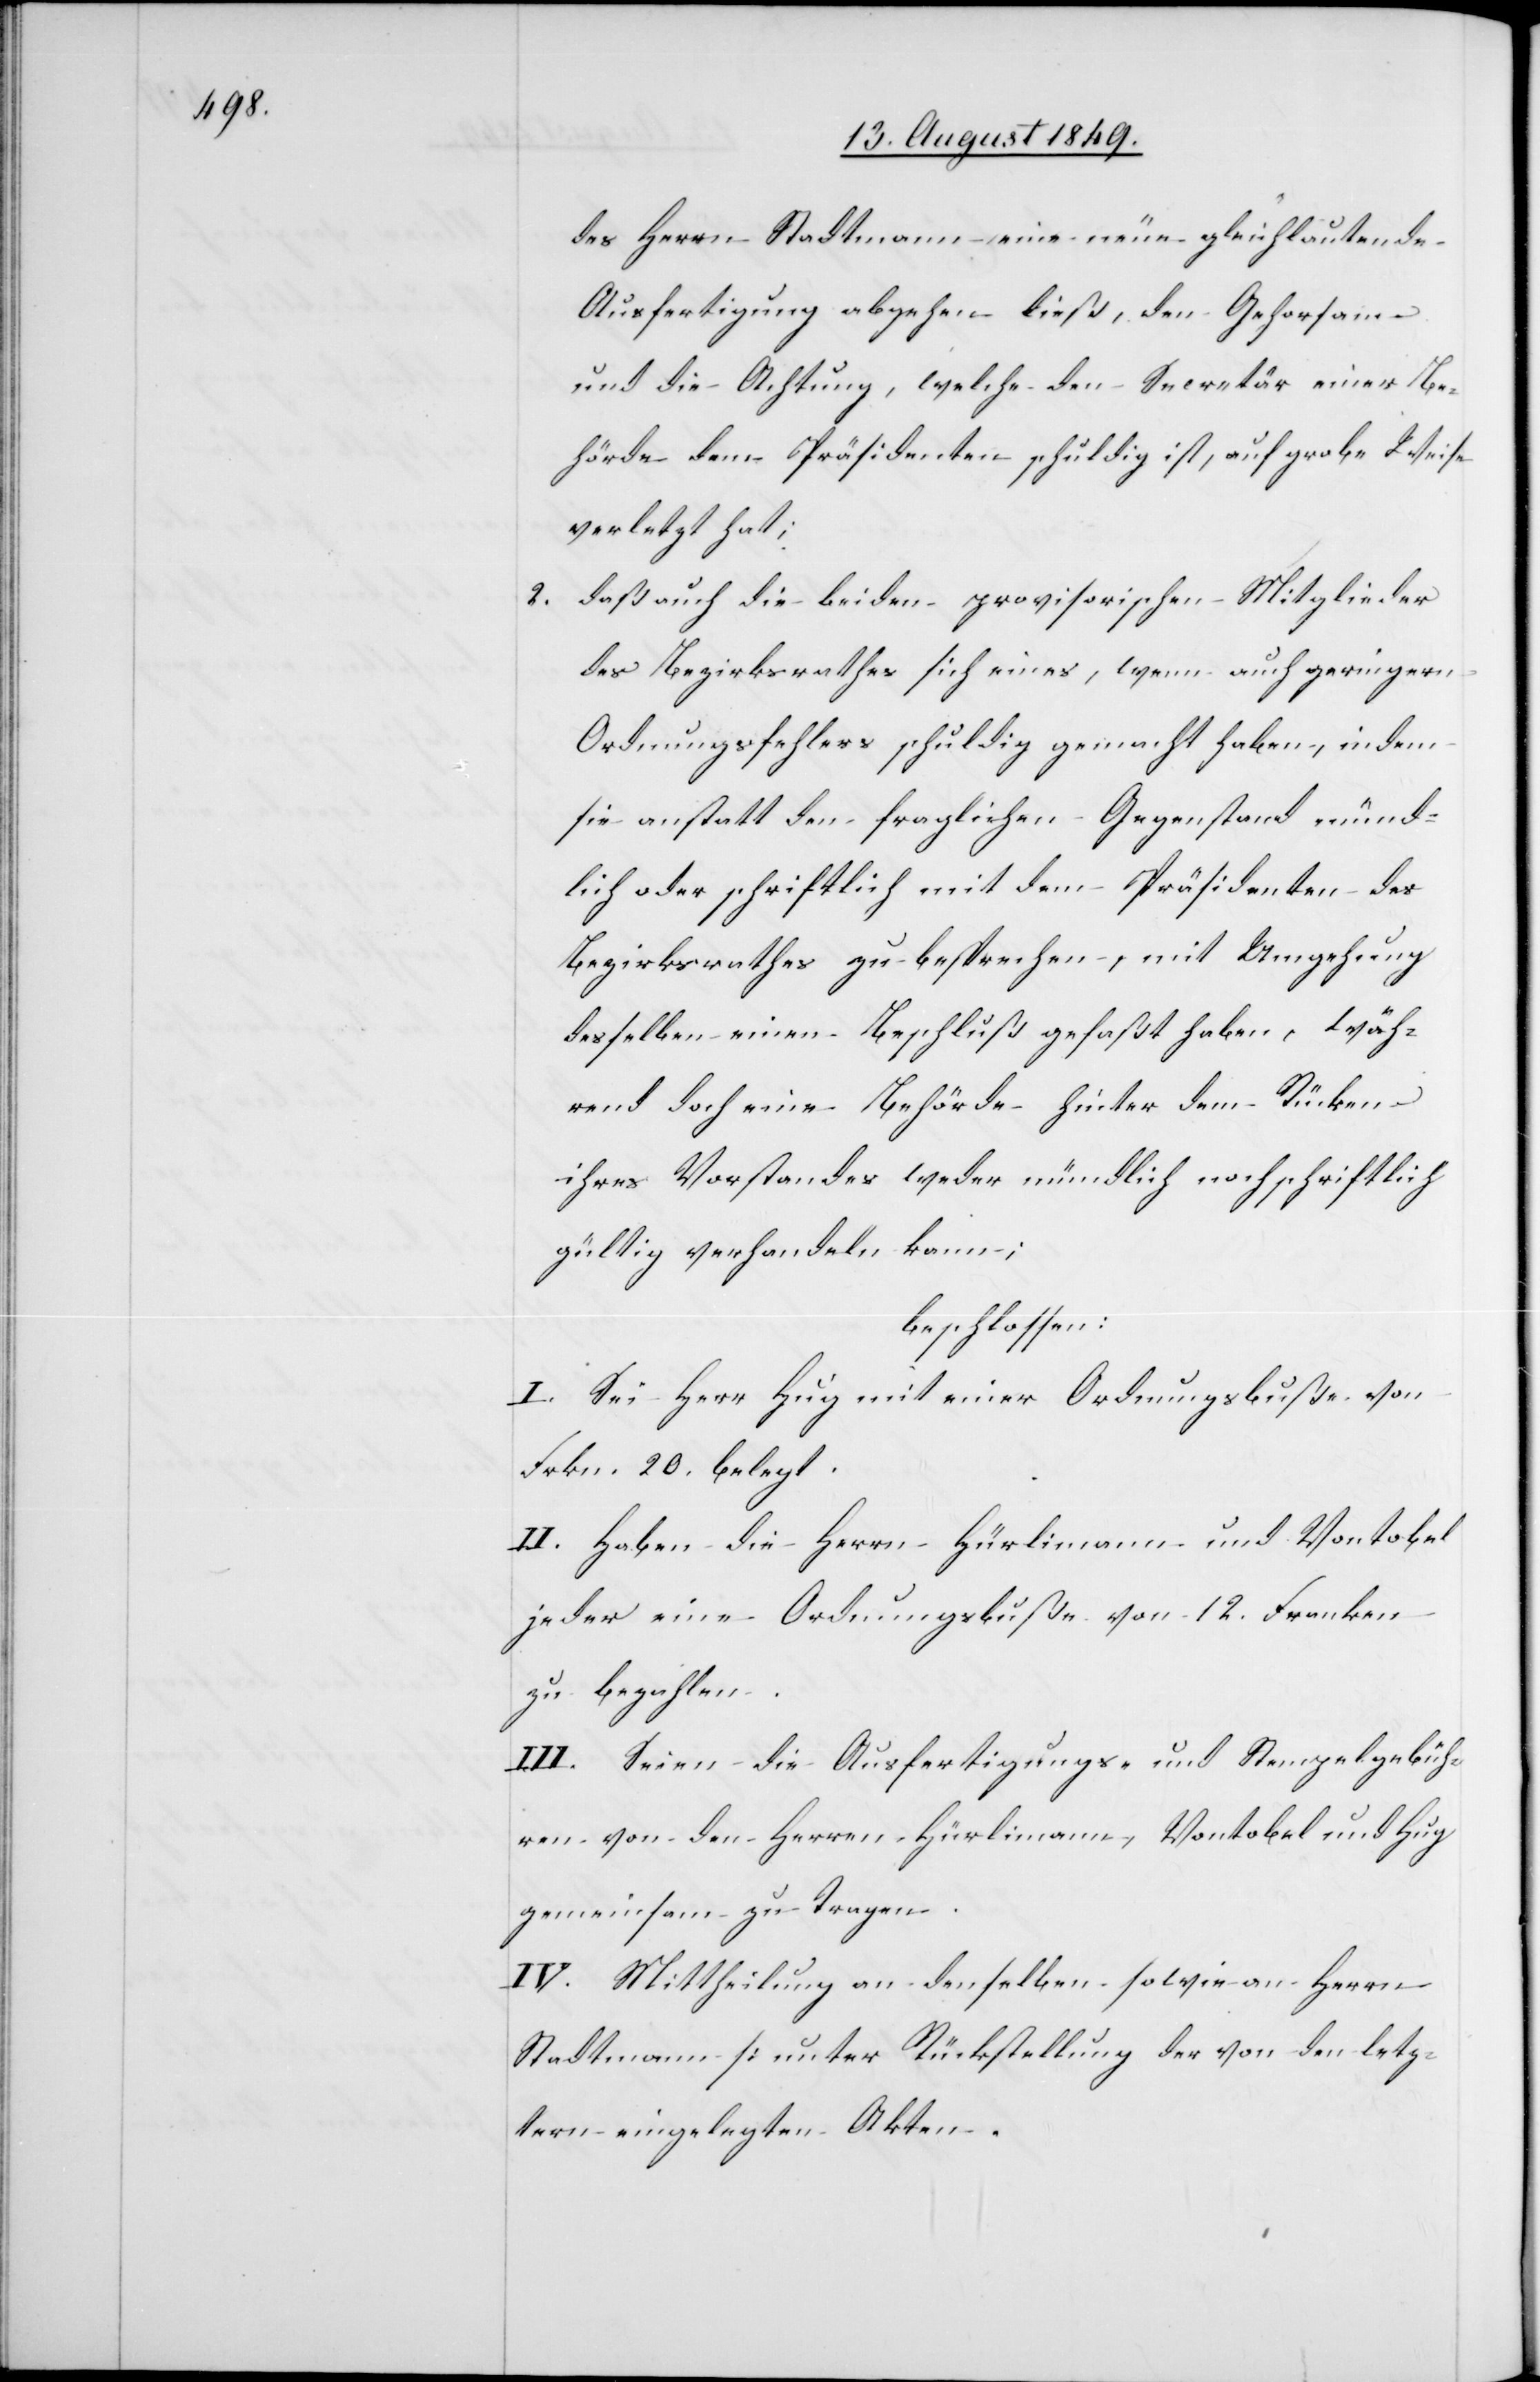
des Herrn Stadtmann eine neue gleichlautende
Ausfertigung abgehen ließ, den Gehorsam
und die Achtung, welche den Secretär einer Be¬
hörde dem Präsidenten schuldig ist, auf grobe Weise
verletzt hat;
2. daß auch die beiden provisorischen Mitglieder
des Bezirksrathes sich eines, wenn auch geringern
Ordnungsfehlers schuldig gemacht haben, indem
sie anstatt den fraglichen Gegenstand münd¬
lich oder schriftlich mit dem Präsidenten des
Bezirksrathes zu besprechen, mit Umgehung
desselben einen Beschluß gefaßt haben, wäh¬
rend doch eine Behörde hinter dem Rücken
ihres Vorstandes weder mündlich noch schriftlich
gültig verhandeln kann;
beschlossen:
I. Sei Herr Hug mit einer Ordnungsbuße von
Frkn. 20. belegt.
II. Haben die Herrn Hürlimann und Vontobel
jeder eine Ordnungsbuße von 12. Franken
zu bezahlen.
III. Seien die Ausfertigungs- und Stempelgebüh¬
ren von den Herren Hürlimann, Vontobel und Hug
gemeinsam zu tragen.
IV. Mittheilung an denselben sowie an Herrn
Stadtmann [unter Rückstellung der von den letz¬
tern eingelegten Akten[]].